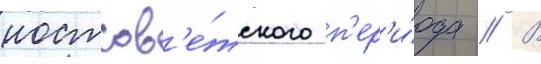
постсов'е́тского п'ер'и́ода // В